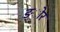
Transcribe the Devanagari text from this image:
ङ्ोर